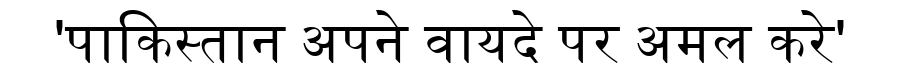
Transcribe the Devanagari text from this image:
'पाकिस्तान अपने वायदे पर अमल करे'